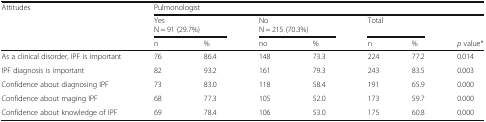
<table><thead><tr><td><b>Attitudes</b></td><td colspan="7"><b>Pulmonologist</b></td></tr><tr><td></td><td colspan="2"><b>YesN = 91 (29.7%)</b></td><td colspan="2"><b>NoN = 215 (70.3%)</b></td><td colspan="2"><b>Total</b></td><td></td></tr><tr><td></td><td><b>n</b></td><td><b>%</b></td><td><b>no</b></td><td><b>%</b></td><td><b>n</b></td><td><b>%</b></td><td><b><i>p</i> value*</b></td></tr></thead><tbody><tr><td>As a clinical disorder, IPF is important</td><td>76</td><td>86.4</td><td>148</td><td>73.3</td><td>224</td><td>77.2</td><td>0.014</td></tr><tr><td>IPF diagnosis is important</td><td>82</td><td>93.2</td><td>161</td><td>79.3</td><td>243</td><td>83.5</td><td>0.003</td></tr><tr><td>Confidence about diagnosing IPF</td><td>73</td><td>83.0</td><td>118</td><td>58.4</td><td>191</td><td>65.9</td><td>0.000</td></tr><tr><td>Confidence about maging IPF</td><td>68</td><td>77.3</td><td>105</td><td>52.0</td><td>173</td><td>59.7</td><td>0.000</td></tr><tr><td>Confidence about knowledge of IPF</td><td>69</td><td>78.4</td><td>106</td><td>53.0</td><td>175</td><td>60.8</td><td>0.000</td></tr></tbody></table>